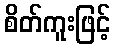
စိတ်ကူးဖြင့်